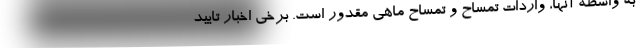
به واسطه آنها، واردات تمساح و تمساح ماهی مقدور است. برخی اخبار تایید